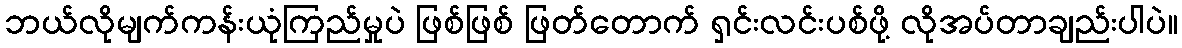
ဘယ်လိုမျက်ကန်းယုံကြည်မှုပဲ ဖြစ်ဖြစ် ဖြတ်တောက် ရှင်းလင်းပစ်ဖို့ လိုအပ်တာချည်းပါပဲ။